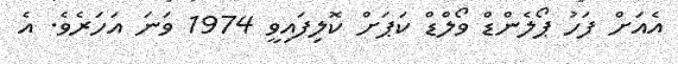
އެއަށް ފަހު ޕޯލެންޑް ވޯލްޑް ކަޕަށް ކޮލިފައިވީ 1974 ވަނަ އަހަރެވެ. އެ